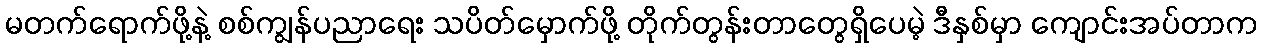
မတက်ရောက်ဖို့နဲ့ စစ်ကျွန်ပညာရေး သပိတ်မှောက်ဖို့ တိုက်တွန်းတာတွေရှိပေမဲ့ ဒီနှစ်မှာ ကျောင်းအပ်တာက